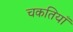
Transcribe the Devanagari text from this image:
चकतियाँ